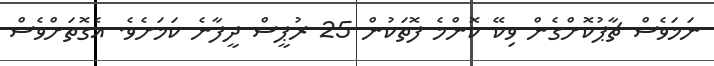
ނަމަވެސް ޗާޕުކޮށްގެން ވިކޭ ކޮންމެ ފޮތަކުން 25 ރުޕީސް ދީފާނެ ކަމަށެވެ. އެގޮތަށްވެސް